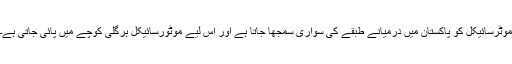
موٹرسائیکل کو پاکستان میں درمیانے طبقے کی سواری سمجھا جاتا ہے اور اس لیے موٹورسائیکل ہرگلی کوچے میں پائی جاتی ہے۔